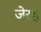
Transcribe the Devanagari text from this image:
जेरह